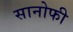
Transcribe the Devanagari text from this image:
सानोफी